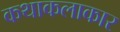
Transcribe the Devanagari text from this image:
कथाकलाकार